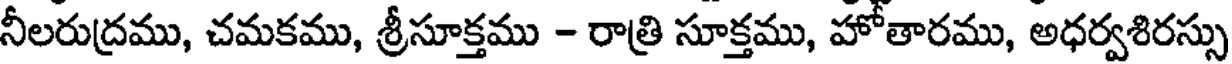
నీలరుద్రము, చమకము, శ్రీసూక్తము - రాత్రి సూక్తము, హోతారము, అధర్వశిరస్సు